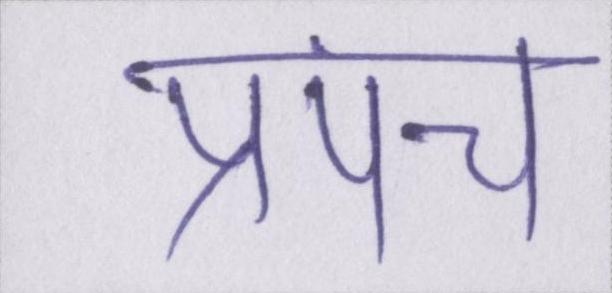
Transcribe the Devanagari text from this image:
प्रपंच